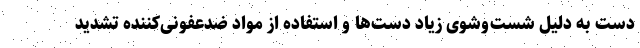
دست به دلیل شست‌وشوی زیاد دست‌ها و استفاده از مواد ضدعفونی‌کننده تشدید